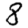
Digit: 8